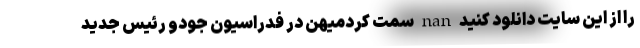
را از این سایت دانلود کنید nan سمت کردمیهن در فدراسیون جودو رئیس جدید